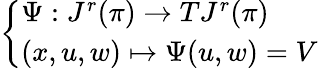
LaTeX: \left\{ \begin{array}{ll}{\Psi:J^{r}(\pi)\to TJ^{r}(\pi)}\\ {(x,u,w)\mapsto\Psi(u,w)=V}\end{array}\right.